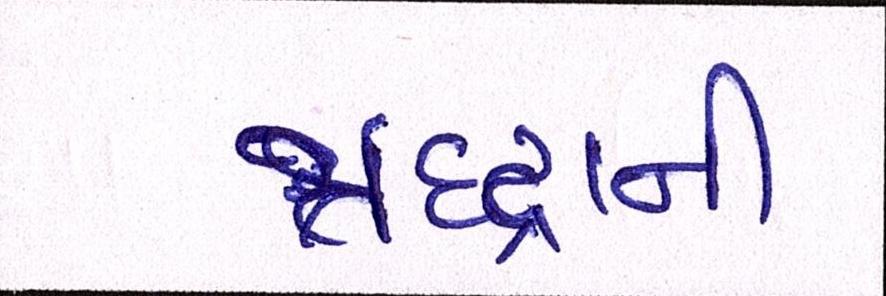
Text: શ્રદ્ધાની